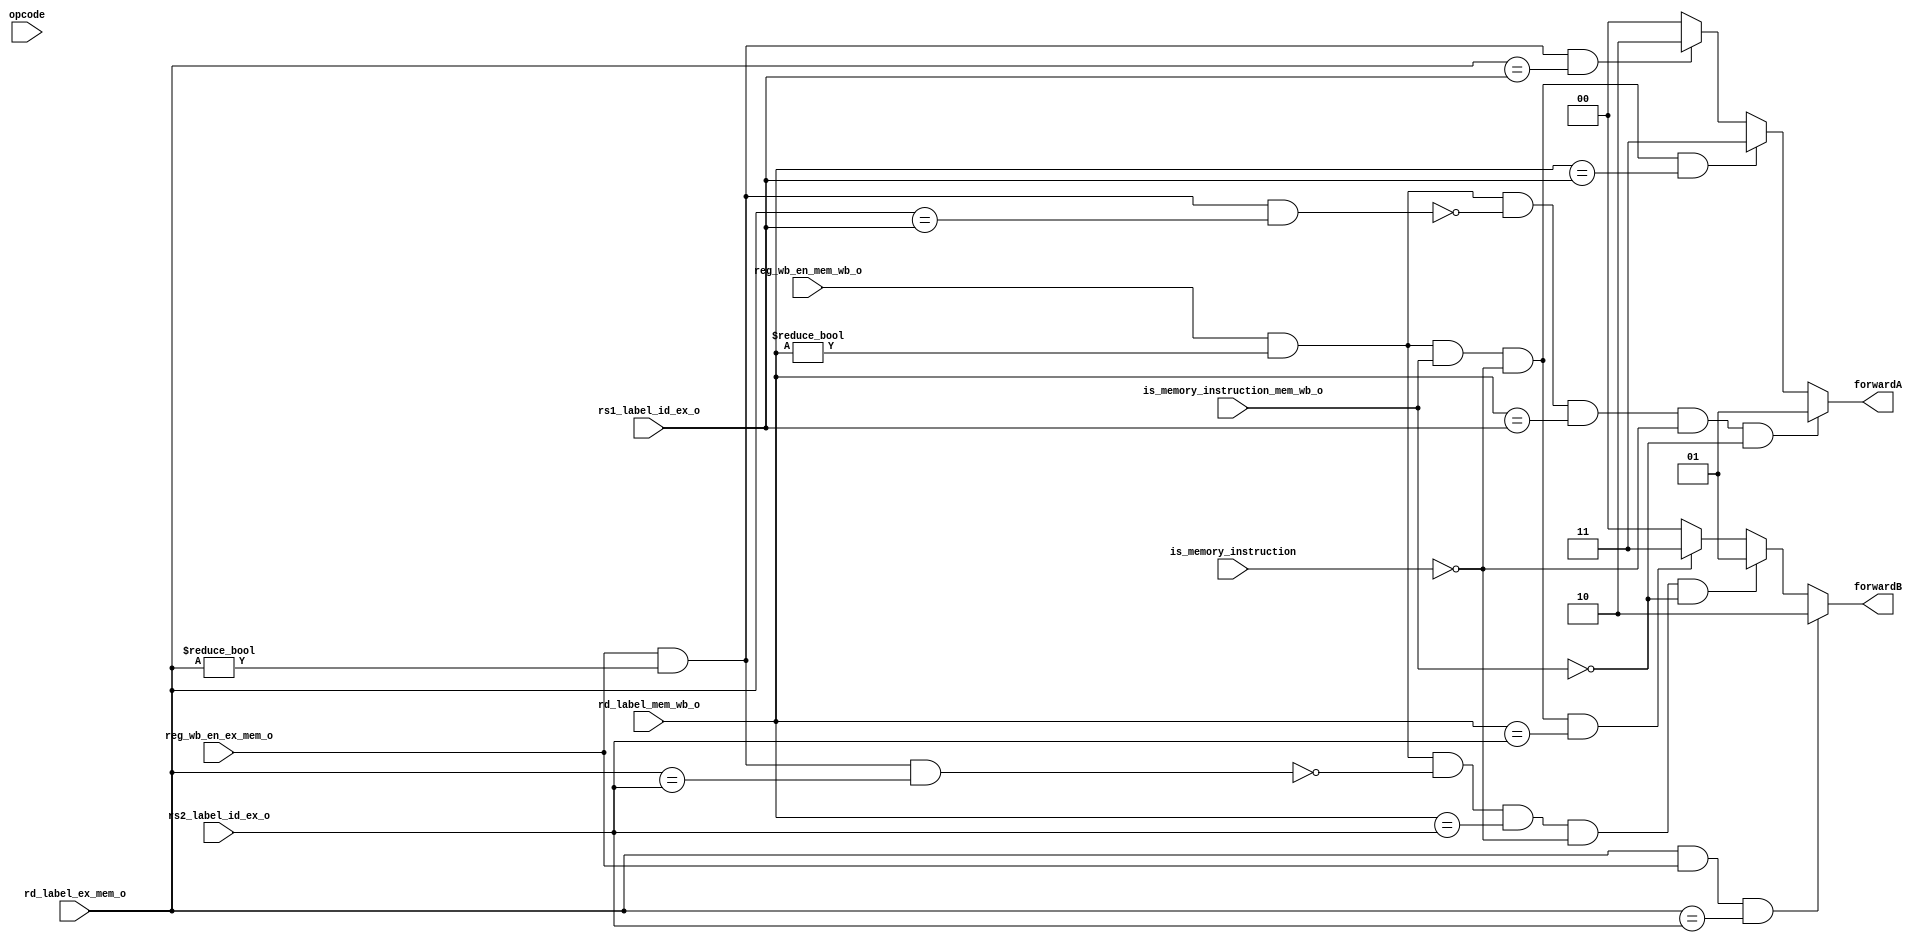
`timescale 1ns / 1ps
//////////////////////////////////////////////////////////////////////////////////
// Company: 
// Engineer: 
// 
// Design Name: 
// Module Name: forwarding_unit
// Project Name: 
// Target Devices: 
// Tool Versions: 
// Description: 
// 
// Dependencies: 
// 
// Revision:
// Revision 0.01 - File Created
// Additional Comments:
// 
//////////////////////////////////////////////////////////////////////////////////


module forwarding_unit(
    input [4:0] rd_label_ex_mem_o,
    input [4:0] rd_label_mem_wb_o,
    input [4:0] rs1_label_id_ex_o,
    input [4:0] rs2_label_id_ex_o,
    
    input reg_wb_en_ex_mem_o,
    input reg_wb_en_mem_wb_o,
    input is_memory_instruction,
    input is_memory_instruction_mem_wb_o,
    input [6:0] opcode,
    output reg [1:0]  forwardA,
    output reg  [1:0]  forwardB
    );
    
    always @(rs1_label_id_ex_o, reg_wb_en_ex_mem_o, reg_wb_en_mem_wb_o, rd_label_ex_mem_o, rd_label_mem_wb_o,is_memory_instruction_mem_wb_o) begin
    
    if (reg_wb_en_mem_wb_o && (rd_label_mem_wb_o != 0) && //done
            !(reg_wb_en_ex_mem_o && (rd_label_ex_mem_o != 0) && (rd_label_ex_mem_o == rs1_label_id_ex_o)) &&
            (rd_label_mem_wb_o == rs1_label_id_ex_o) &&
           !is_memory_instruction &&
           !is_memory_instruction_mem_wb_o ) begin
            forwardA = 2'b01; 
        end
     else  if(rd_label_mem_wb_o != 0  && 
                reg_wb_en_mem_wb_o &&
                is_memory_instruction_mem_wb_o &&  // bir onceki islem memory islemi
                !is_memory_instruction &&//su an memory islemi yok
                $signed(rd_label_mem_wb_o) == $signed(rs1_label_id_ex_o))
                begin
                 forwardA = 2'b11;
                end
        
        else if(rd_label_ex_mem_o != 5'b0  && // done
           reg_wb_en_ex_mem_o && //done
           $signed(rd_label_ex_mem_o) == $signed(rs1_label_id_ex_o)/* && // done
           !is_memory_instruction*/) //yandi
           begin
            forwardA = 2'b10;//RS1 = EX/MEM RD
           end
                
        else 
            begin
            forwardA = 2'b00; //no forwarding
            end 
    end
    
        always @(rs2_label_id_ex_o, reg_wb_en_ex_mem_o, reg_wb_en_mem_wb_o, rd_label_ex_mem_o, rd_label_mem_wb_o,is_memory_instruction_mem_wb_o) begin    

        if(rd_label_ex_mem_o  && 
           reg_wb_en_ex_mem_o &&
           $signed(rd_label_ex_mem_o) == $signed(rs2_label_id_ex_o) /* &&
           !is_memory_instruction && 
           !is_memory_instruction_mem_wb_o*/)
            begin                               
                    forwardB = 2'b10; // RS2 = EX/MEM  RD
            end         
                 
        else if(reg_wb_en_mem_wb_o && (rd_label_mem_wb_o != 0) &&
        !(reg_wb_en_ex_mem_o && (rd_label_ex_mem_o != 0) && (rd_label_ex_mem_o == rs2_label_id_ex_o)) &&
        (rd_label_mem_wb_o == rs2_label_id_ex_o) &&
           !is_memory_instruction && !is_memory_instruction_mem_wb_o) begin  
            forwardB = 2'b01;   //RS2 = MEM/WB RD
        end
     else  if(rd_label_mem_wb_o != 0  && 
                reg_wb_en_mem_wb_o &&
                is_memory_instruction_mem_wb_o &&  // bir onceki islem memory islemi
                !is_memory_instruction &&//su an memory islemi yok
                $signed(rd_label_mem_wb_o) == $signed(rs2_label_id_ex_o))
                begin
                 forwardB = 2'b11;
                end
        else
            begin
            forwardB = 2'b00; //no forwarding
            end
    end
    endmodule
    

//endmodule



    

//endmodule